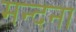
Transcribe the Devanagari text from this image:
मन्दना